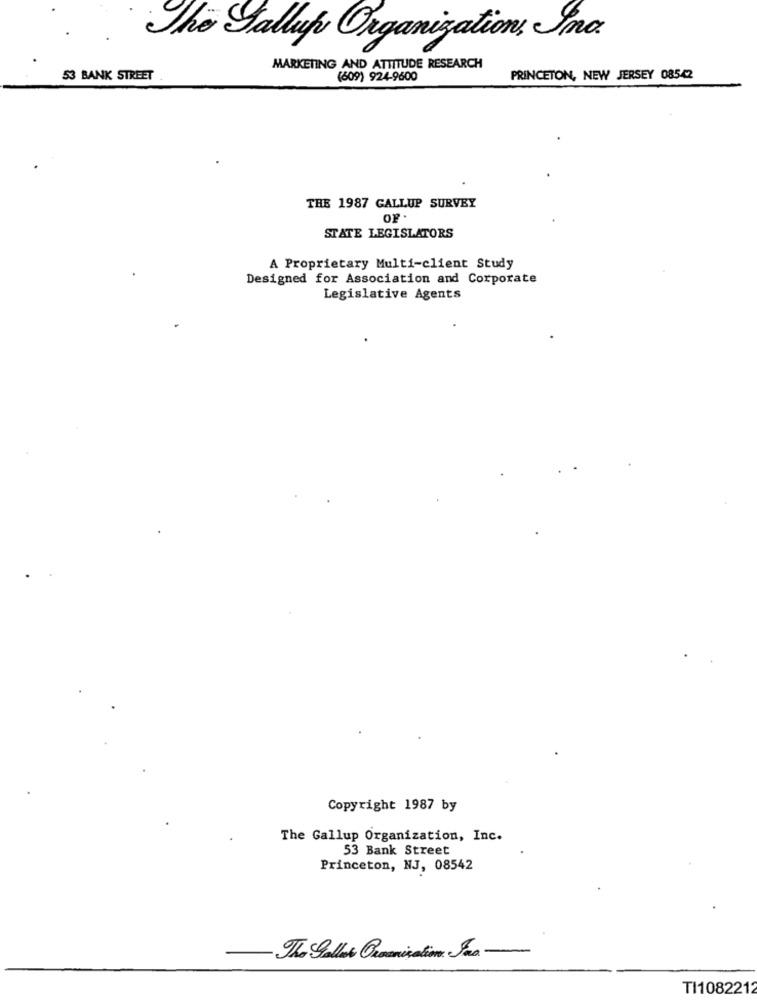
The Gallup Organization, Inc.
MARKETING AND ATTITUDE RESEARCH
53 BANK STREET
(609) 924-9600
PRINCETON, NEW JERSEY 08542
THE 1987 GALLUP SURVEY
OP .
STATE LEGISLATORS
A Proprietary Multi-client Study
Designed for Association and Corporate
Legislative Agents
Copyright 1987 by
The Gallup Organization, Inc.
53 Bank Street
Princeton, NJ, 08542
TI1082212